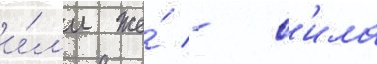
и́л'и же́ - с'ила